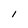
Character: I